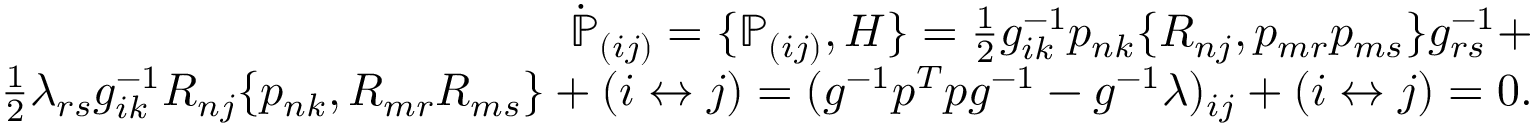
\begin{array} { r } { \dot { \mathbb P } _ { ( i j ) } = \{ { \mathbb P } _ { ( i j ) } , H \} = \frac 1 2 g _ { i k } ^ { - 1 } p _ { n k } \{ R _ { n j } , p _ { m r } p _ { m s } \} g _ { r s } ^ { - 1 } + } \\ { \frac 1 2 \lambda _ { r s } g _ { i k } ^ { - 1 } R _ { n j } \{ p _ { n k } , R _ { m r } R _ { m s } \} + ( i \leftrightarrow j ) = ( g ^ { - 1 } p ^ { T } p g ^ { - 1 } - g ^ { - 1 } \lambda ) _ { i j } + ( i \leftrightarrow j ) = 0 . } \end{array}